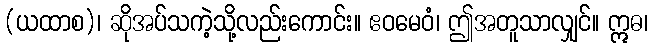
(ယထာစ)၊ ဆိုအပ်သကဲ့သို့လည်းကောင်း။ ဧဝမေဝံ၊ ဤအတူသာလျှင်။ ဣဓ၊